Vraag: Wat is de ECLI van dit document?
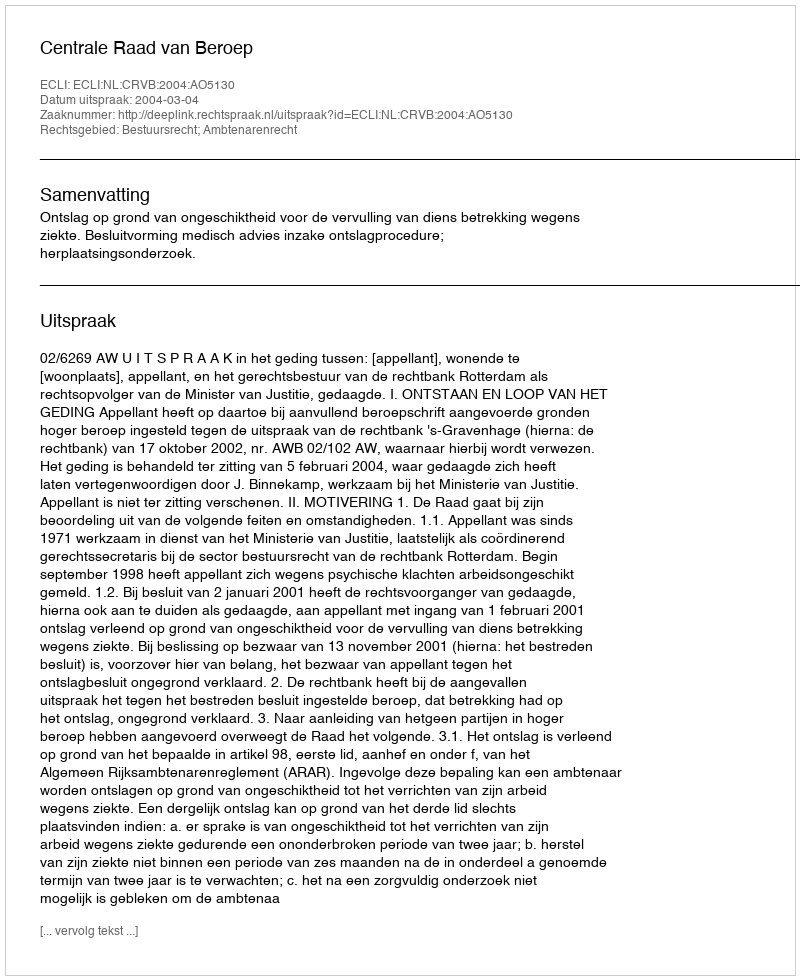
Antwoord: ECLI:NL:CRVB:2004:AO5130